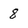
Character: 8